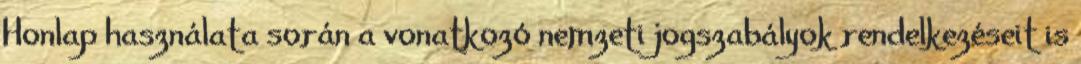
Honlap használata során a vonatkozó nemzeti jogszabályok rendelkezéseit is